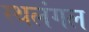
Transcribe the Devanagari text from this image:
स्थलंगल